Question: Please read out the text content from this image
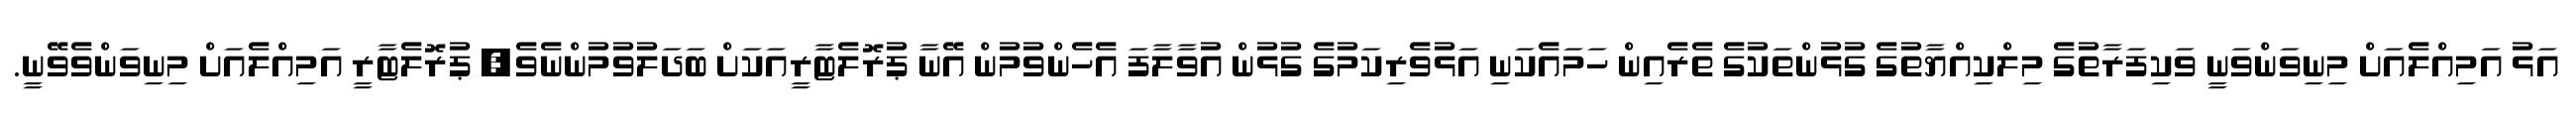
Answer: އަޅު އަމިއްލެއަށް މިނިވަންވަނީ ވަކިފަރާތުގެ މިލްކިއްޔާތުގެ ގުޅުންތަކުގެ ތެރެއިން ހަމައެކަނި އަޅުވެރިކަމުގެ ގުޅުން އުވާލާފަ އެހެންވުމުން އޭނާ ޕުރޮލެޓާރީއަކަށް ބަދަލުވުމުންނެވެ; ޕުރޮލެޓާރީ އަމިއްލެއަށް މިނިވަންވެވޭނީ.